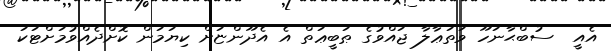
އެއީ  ސުބްޙާނަހޫ ވަތަޢާލާ ޖައްވުގެ ޠަބީޢަތް އެ އެދޫންޏަށް ކިޔަމަން ކޮށްދެއްވުމަށްޓަކަ